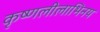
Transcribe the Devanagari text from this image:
कृष्णलीलाभिनय